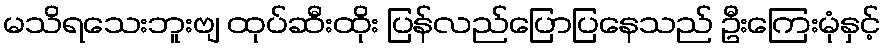
မသိရသေးဘူးဗျ ထုပ်ဆီးထိုး ပြန်လည်ပြောပြနေသည် ဦးကြေးမုံနှင့်